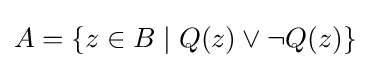
A=\{z\in B\mid Q(z)\lor \neg Q(z)\}